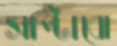
সাপ্‌টাবো